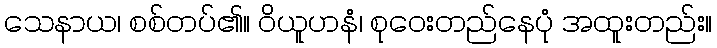
သေနာယ၊ စစ်တပ်၏။ ဝိယူဟနံ၊ စုဝေးတည်နေပုံ အထူးတည်း။